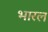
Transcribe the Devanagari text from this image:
भारल